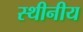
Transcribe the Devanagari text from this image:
स्थीनीय